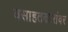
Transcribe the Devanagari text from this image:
वसाहतकारांवर